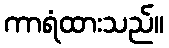
ကာရံထားသည်။